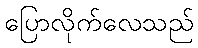
ပြောလိုက်လေသည်